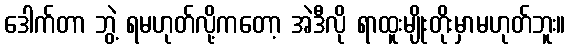
ဒေါက်တာ ဘွဲ့ ရမဟုတ်လို့ကတော့ အဲဒီလို ရာထူးမျိုးတိုးမှာမဟုတ်ဘူး။